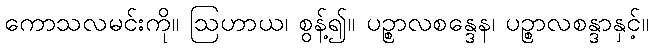
ကောသလမင်းကို။ ဩဟာယ၊ စွန့်၍။ ပဉ္စာလစန္ဒေန၊ ပဉ္စာလစန္ဒာနှင့်။